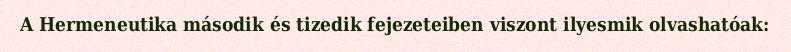
A Hermeneutika második és tizedik fejezeteiben viszont ilyesmik olvashatóak: